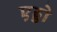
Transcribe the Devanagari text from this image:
एड्डो